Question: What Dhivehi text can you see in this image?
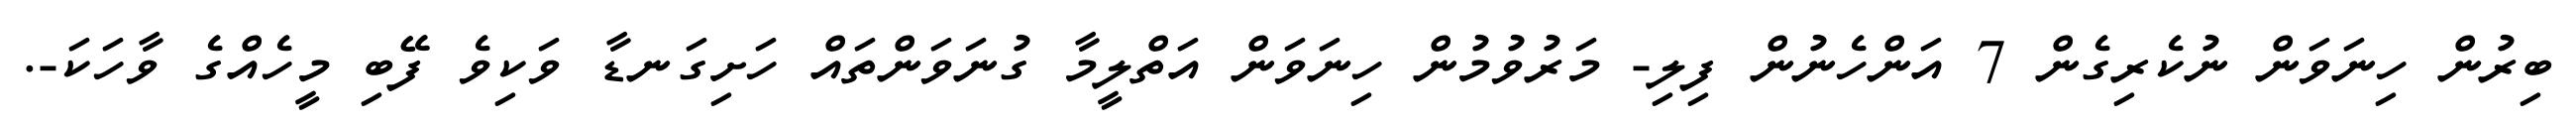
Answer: ބިރުން ހިނަވަން ނުކެރިގެން 7 އަންހެނުން ފިލި- މަރުވުމުން ހިނަވަން އަތްލީމާ ގުނަވަންތައް ހަށިގަނޑާ ވަކިވެ ފޭބި މީހެއްގެ ވާހަކަ-.